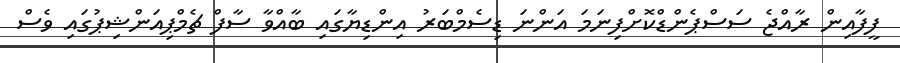
ފީފާއިން ރާއްޖެ ސަސްޕެންޑްކޮށްފިނަމަ އަންނަ ޑިސެމްބަރު އިންޑިޔާގައި ބާއްވާ ސާފް ޗެމްޕިއަންޝިޕުގައި ވެސް